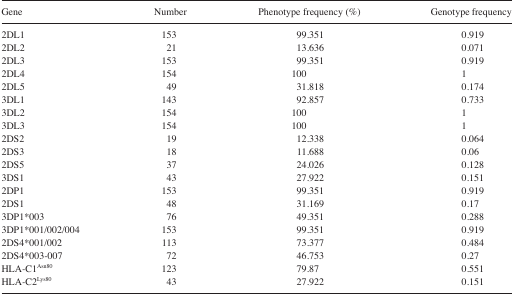
<table><thead><tr><td><b>Gene</b></td><td><b>Number</b></td><td><b>Phenotype frequency (%)</b></td><td><b>Genotype frequency</b></td></tr></thead><tbody><tr><td>2DL1</td><td>153</td><td>99.351</td><td>0.919</td></tr><tr><td>2DL2</td><td>21</td><td>13.636</td><td>0.071</td></tr><tr><td>2DL3</td><td>153</td><td>99.351</td><td>0.919</td></tr><tr><td>2DL4</td><td>154</td><td>100</td><td>1</td></tr><tr><td>2DL5</td><td>49</td><td>31.818</td><td>0.174</td></tr><tr><td>3DL1</td><td>143</td><td>92.857</td><td>0.733</td></tr><tr><td>3DL2</td><td>154</td><td>100</td><td>1</td></tr><tr><td>3DL3</td><td>154</td><td>100</td><td>1</td></tr><tr><td>2DS2</td><td>19</td><td>12.338</td><td>0.064</td></tr><tr><td>2DS3</td><td>18</td><td>11.688</td><td>0.06</td></tr><tr><td>2DS5</td><td>37</td><td>24.026</td><td>0.128</td></tr><tr><td>3DS1</td><td>43</td><td>27.922</td><td>0.151</td></tr><tr><td>2DP1</td><td>153</td><td>99.351</td><td>0.919</td></tr><tr><td>2DS1</td><td>48</td><td>31.169</td><td>0.17</td></tr><tr><td>3DP1*003</td><td>76</td><td>49.351</td><td>0.288</td></tr><tr><td>3DP1*001/002/004</td><td>153</td><td>99.351</td><td>0.919</td></tr><tr><td>2DS4*001/002</td><td>113</td><td>73.377</td><td>0.484</td></tr><tr><td>2DS4*003-007</td><td>72</td><td>46.753</td><td>0.27</td></tr><tr><td>HLA-C1<sup>Asn80</sup></td><td>123</td><td>79.87</td><td>0.551</td></tr><tr><td>HLA-C2<sup>Lys80</sup></td><td>43</td><td>27.922</td><td>0.151</td></tr></tbody></table>